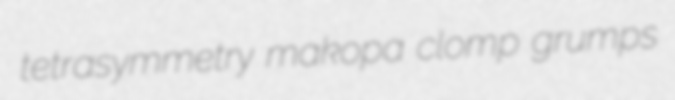
tetrasymmetry makopa clomp grumps